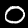
Label: 0